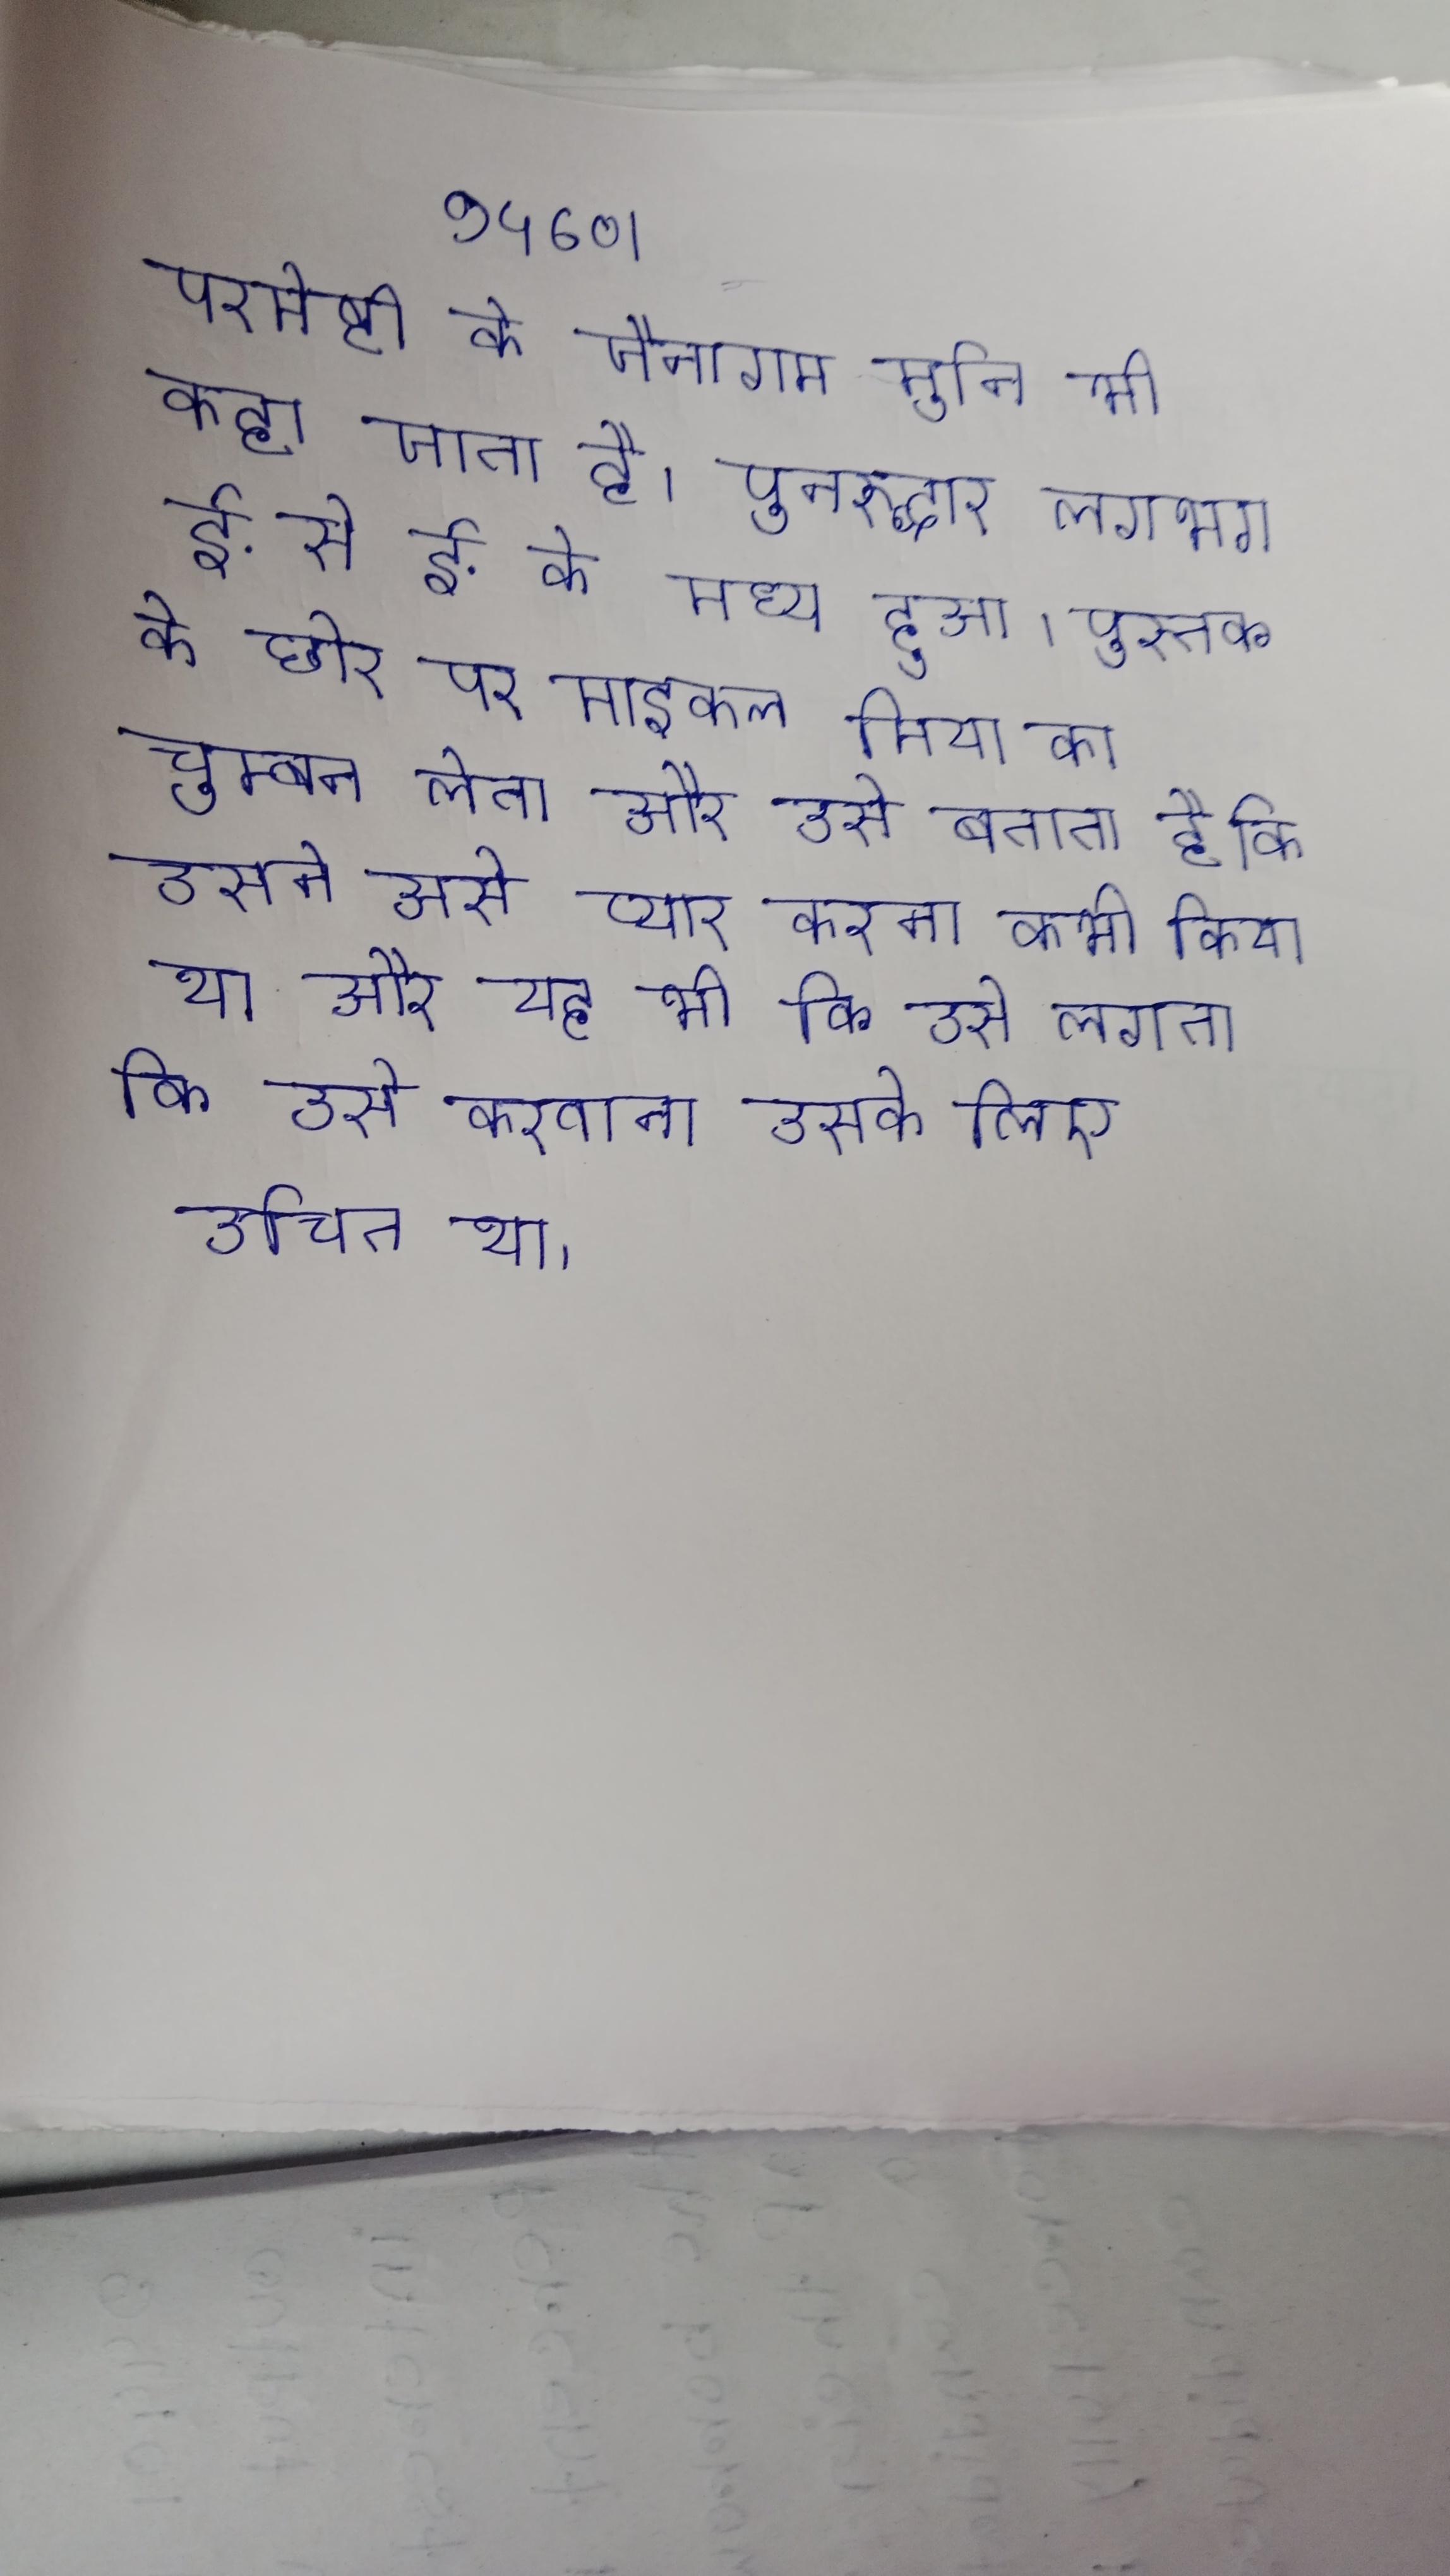
परमेष्ठी को जैनागम मुनि भी कहा जाता है । पुनरुद्धार लगभग ई. से ई. के मध्य हुआ । पुस्तक के छोर पर माइकल मिया का चुम्बन लेता है और उसे बताता है कि उसने उसे प्यार करना कभी किया था और यह भी कि उसे लगता कि उसे करवाना उसके लिए उचित था ।